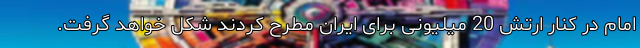
امام در کنار ارتش 20 میلیونی برای ایران مطرح کردند شکل خواهد گرفت.